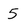
Character: 5